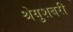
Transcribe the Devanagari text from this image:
श्रेयुशबरी